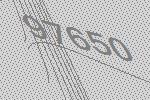
97650